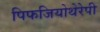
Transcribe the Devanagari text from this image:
पिफजियोथेरेपी